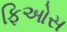
ફિઓસ